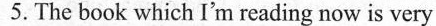
5. The book which I'm reading now is very